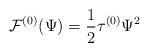
LaTeX: \begin{align*}{\cal F}^{(0)}(\Psi)=\frac {1}{2} \tau^{(0)} \Psi ^{2}\end{align*}